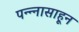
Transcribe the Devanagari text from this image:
पन्‍न्‍नासाहून